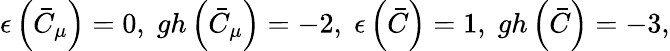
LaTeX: \epsilon\left(\bar{C}_{\mu}\right)=0,\; gh\left(\bar{C}_{\mu}\right)=-2,\; \epsilon\left(\bar{C}\right)=1,\; gh\left(\bar{C}\right)=-3,